system: You are a helpful assistant.
user:
Analyze the provided spectrum to determine if it is a **"Cataclysmic Variables (CV)"**.

- **Key Indicators for CV (Check for either state):**
    - **State 1: Quiescent / Low-State (Emission-Dominated)**
        - **(Primary):** Strong and *very broad* Hydrogen Balmer emission lines (e.g., $H\alpha$ at 6563 Å, $H\beta$ at 4861 Å). The 'broadness' (high velocity dispersion, often FWHM > 1000 km/s) is the key diagnostic, indicating a high-velocity accretion disk.
        - **(Secondary):** Broad neutral Helium (He I) emission lines (e.g., 5876 Å, 6678 Å).
        - **(Key Confirmation):** Presence of high-excitation *ionized* Helium (He II) emission at 4686 Å. This is a strong indicator of accretion onto a white dwarf.
        - **(Line Profile):** Emission lines may exhibit a 'double-peaked' profile, which is a classic signature of a rotating accretion disk viewed at high inclination.

    - **State 2: Outburst / High-State (Absorption-Dominated)**
        - **(Primary):** Spectrum is dominated by a bright, blue continuum (looks like a hot star).
        - **(Secondary):** The emission lines from State 1 are weak, absent, or 'filled in', and are replaced by broad, shallow *absorption* lines (primarily Balmer and He I).
        - **(Morphology):** The overall spectrum mimics a hot B/A-type star. The crucial difference is that the absorption lines are significantly broader, shallower, and more 'washed-out' (or 'smeared') than the sharp lines of a normal stellar photosphere, due to high rotational speeds and pressure broadening in the disk.

Think first, call **spectral_visualization_tool** if needed to examine features in detail, then provide your final answer. Your response must adhere to the following strict rules:
1.  **Overall Structure:** Your response must follow the format `<think>...</think> <tool_call>...</tool_call> (if a tool is used) <answer>...</answer>`.
2.  **Tool Usage Constraint:** You may only make **one** tool call per turn.
3.  **Final Answer Format:** In the `<answer>` tag, your conclusion must be inside a `\boxed{}` command (e.g., `\boxed{YES}`), followed by your justification.

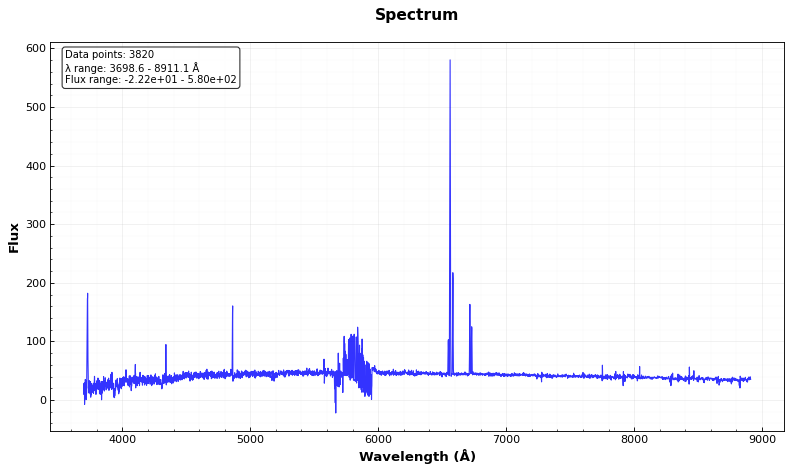
Answer: NO